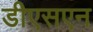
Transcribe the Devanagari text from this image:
डीएसएन